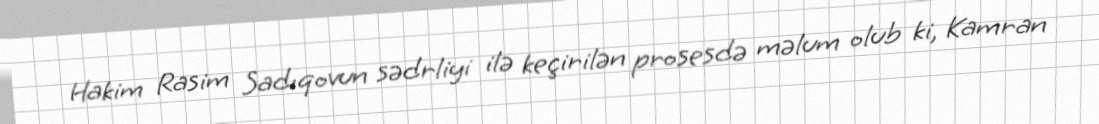
Hakim Rasim Sadıqovun sədrliyi ilə keçirilən prosesdə məlum olub ki, Kamran